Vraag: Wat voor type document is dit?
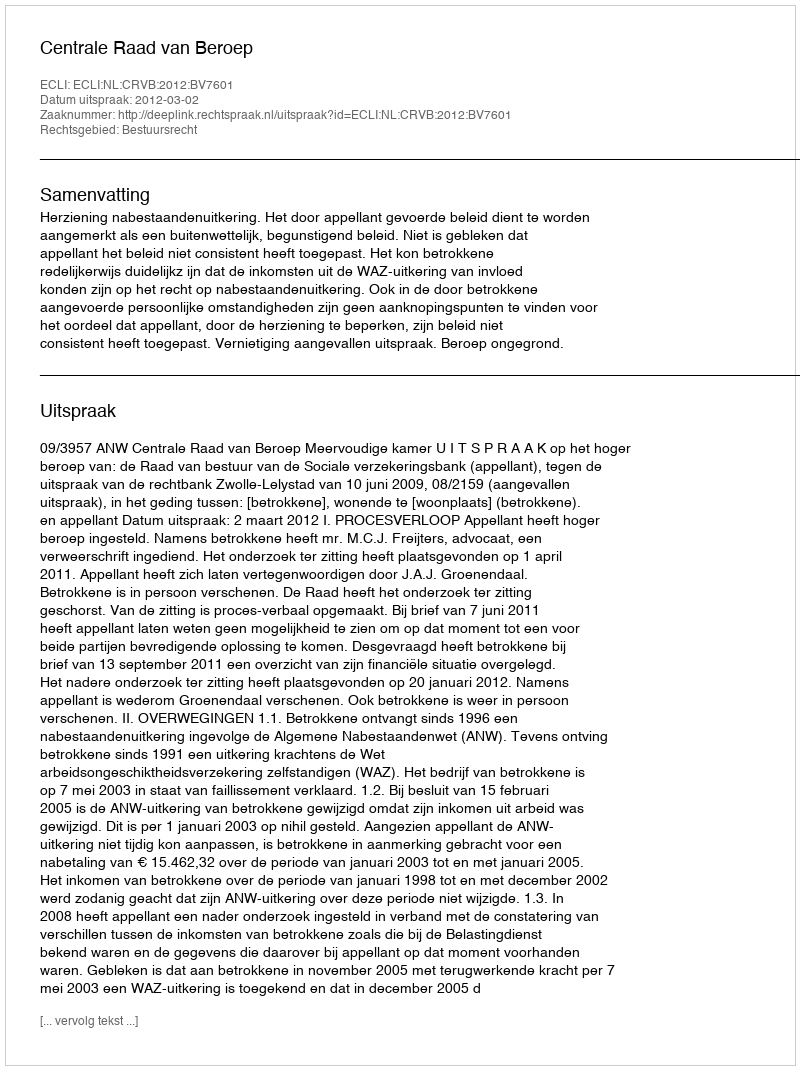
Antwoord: Uitspraak